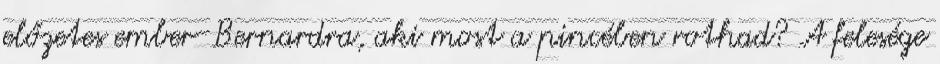
előzetes ember-Bernardra, aki most a pincében rothad? A felesége